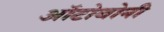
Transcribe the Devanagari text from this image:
ऑटोबोनी